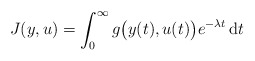
\begin{align*}J(y,u)=\int_0^\infty g\big(y(t),u(t)\big)e^{-\lambda t}\,\mathrm dt\end{align*}